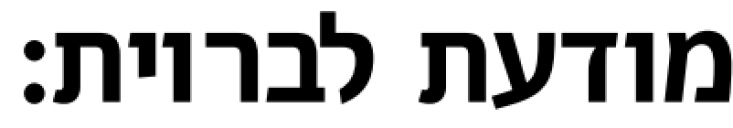
מודעת לבריות: